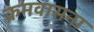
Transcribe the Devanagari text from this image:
क्रमवासना